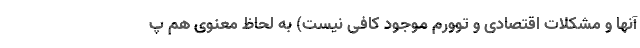
آنها و مشکلات اقتصادی و توورم موجود کافی نیست) به لحاظ معنوی هم پ